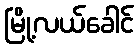
မြို့လယ်ခေါင်